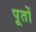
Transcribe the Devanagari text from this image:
पूतों